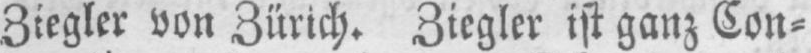
Ziegler von Zürich. Ziegler ist ganz Con⸗